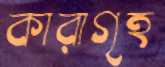
কারাগৃহ